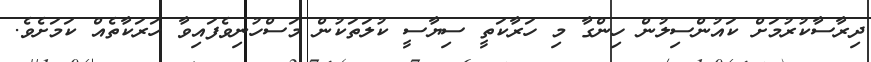
ދިރާސާކުރުމަށް ކައުންސިލުން ހިންގާ މި ހަރާކަތީ ސިޔާސީ ކުލަތަކުން މަސްހުނިވެފައިވާ ހަރަކާތެއް ކަމަށެވެ.